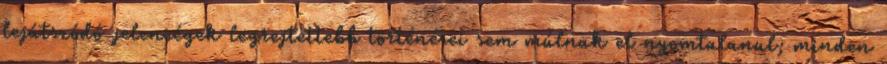
lejátszódó jelenségek legrejtettebb történései sem múlnak el nyomtalanul; minden